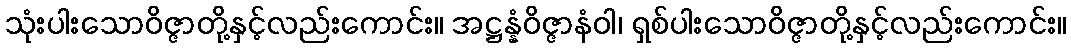
သုံးပါးသောဝိဇ္ဇာတို့နှင့်လည်းကောင်း။ အဋ္ဌန္နံဝိဇ္ဇာနံဝါ၊ ရှစ်ပါးသောဝိဇ္ဇာတို့နှင့်လည်းကောင်း။